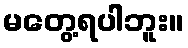
မတွေ့ရပါဘူး။